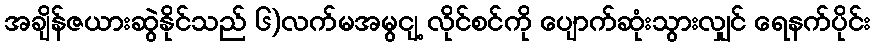
အချိန်ဇယားဆွဲနိုင်သည် ၆)လက်မအမွငျ့ လိုင်စင်ကို ပျောက်ဆုံးသွားလျှင် ရေနက်ပိုင်း